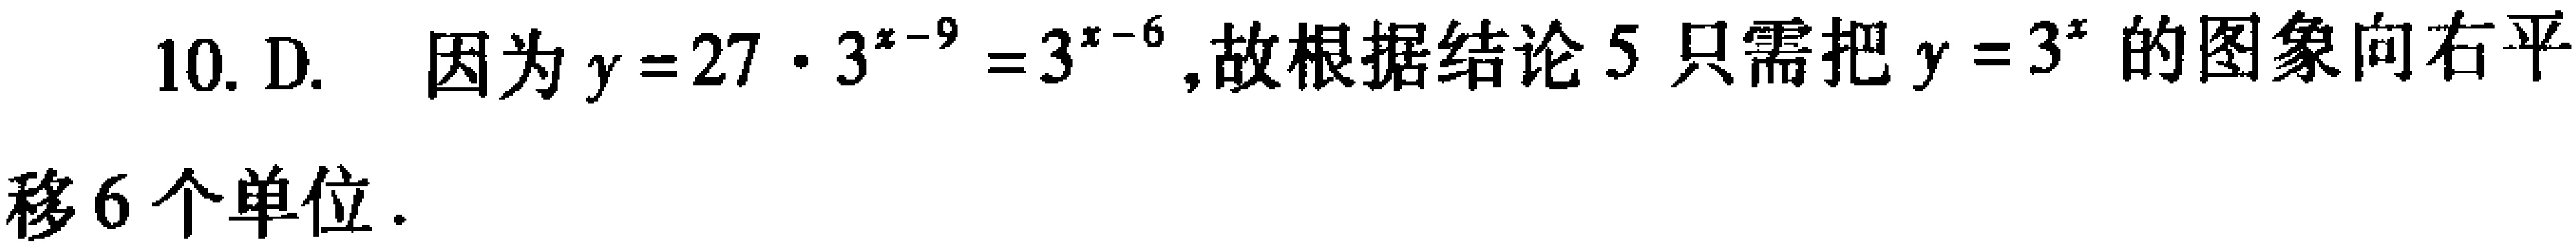
10. D. 因为\(y = 27\cdot3^{x - 9}=3^{x - 6}\), 故根据结论 5 只需把\(y = 3^{x}\)的图象向右平移 6 个单位.